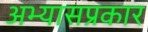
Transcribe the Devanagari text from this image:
अभ्यासप्रकार